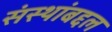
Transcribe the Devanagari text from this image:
संस्थांबद्दल